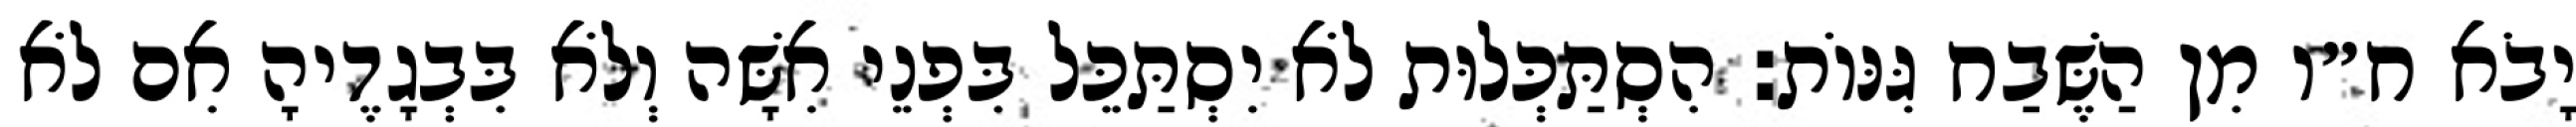
יָבֹא ח״ו מִן הַשֶּׁבַח גִּנּוֹת: הִסְתַּכְּלוּת לֹא יִסְתַּכֵּל בִּפְנֵי אִשָּׁה וְלֹא בִּבְגָדֶיהָ אִם לֹא